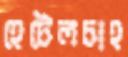
হেটেলচাহ